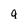
Character: 9